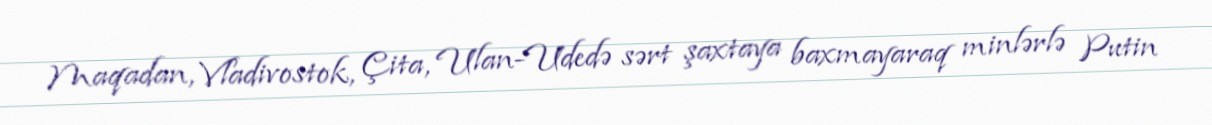
Maqadan, Vladivostok, Çita, Ulan-Udedə sərt şaxtaya baxmayaraq minlərlə Putin